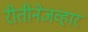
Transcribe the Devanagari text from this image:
रीतीनेजव्हार